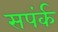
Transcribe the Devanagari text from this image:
सपंर्क